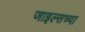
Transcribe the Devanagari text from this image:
जाइल्सच्या